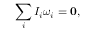
\sum _ { i } I _ { i } { \boldsymbol { \omega } } _ { i } = \mathbf { 0 } ,